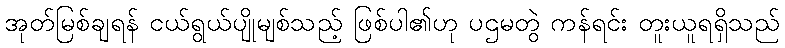
အုတ်မြစ်ချရန် ငယ်ရွယ်ပျိုမျစ်သည့် ဖြစ်ပါ၏ဟု ပဌမတွဲ ကန်ရင်း တူးယူရရှိသည်